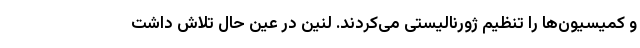
و کمیسیون‌ها را تنظیم ژورنالیستی می‌کردند. لنین در عین حال تلاش داشت